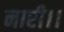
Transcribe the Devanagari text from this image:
नारी।।